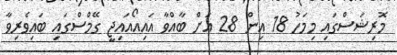
މޮރިޝަސްގައި މިމަހު 18 އިން 28 އަށް ބާއްވާ އައިއޯއައިޖީ ގޭމްސްގައި ބައިވެރިވާ